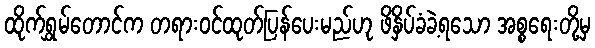
ထိုက်ရွှမ်တောင်က တရားဝင်ထုတ်ပြန်ပေးမည်ဟု ဖိနှိပ်ခံခဲ့ရသော အစ္စရေးတို့မှ